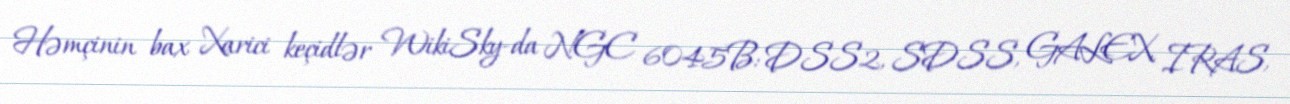
Həmçinin bax Xarici keçidlər WikiSky-da NGC 6045B: DSS2, SDSS, GALEX, IRAS,